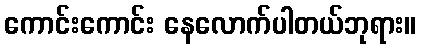
ကောင်းကောင်း နေလောက်ပါတယ်ဘုရား။